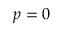
p = 0